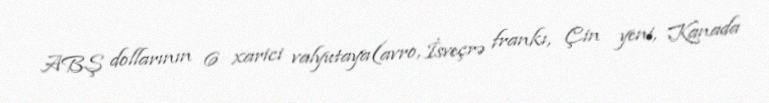
ABŞ dollarının 6 xarici valyutaya(avro, İsveçrə frankı, Çin yeni, Kanada